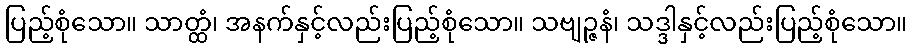
ပြည့်စုံသော။ သာတ္ထံ၊ အနက်နှင့်လည်းပြည့်စုံသော။ သဗျဉ္ဇနံ၊ သဒ္ဒါနှင့်လည်းပြည့်စုံသော။